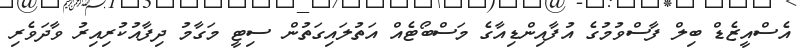
އެސްއީޒެޑް ބިލް ފާސްވުމުގެ އުފާއިންޑިއާގެ މަސްބޯޓެއް އަތުލައިގަތުން ސިޓީ މަގާމު ދިފާއުކުރިއިރު ވާދަވެރި